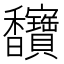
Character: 𫘄